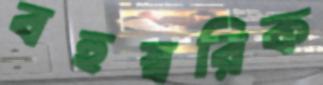
বহুস্বরিক